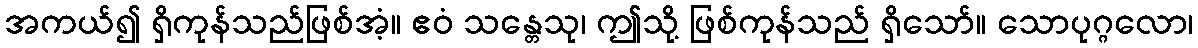
အကယ်၍ ရှိကုန်သည်ဖြစ်အံ့။ ဧဝံ သန္တေသု၊ ဤသို့ ဖြစ်ကုန်သည် ရှိသော်။ သောပုဂ္ဂလော၊